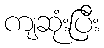
ကျဆုံးပြီး